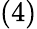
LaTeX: (4)